Lunatic asylums Central Provinces reports 1886-1894 - 1886-1894
Year: 1886
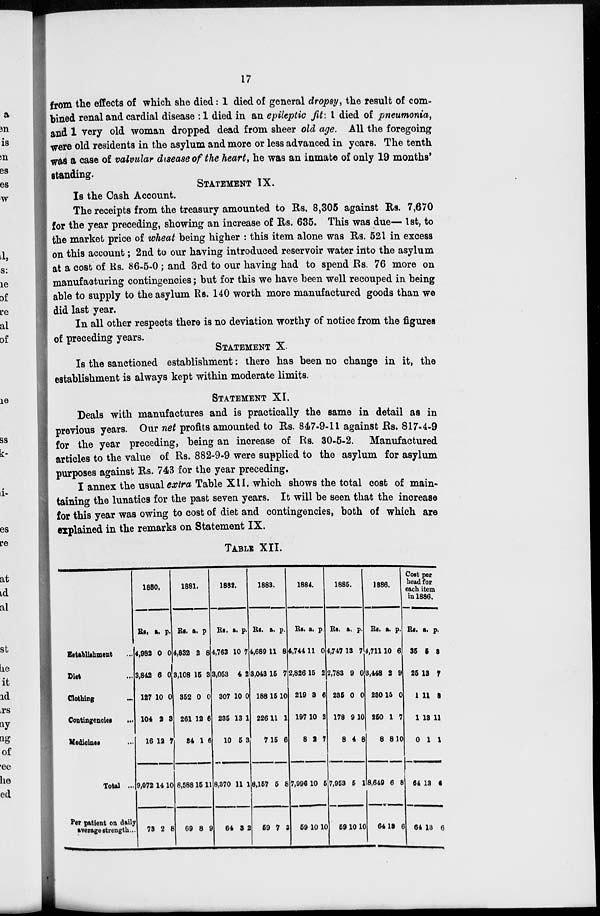
17
from the effects of which she died: 1 died of general dropsy, the result of com-
bined renal and cardial disease :1 died in an epileptic fit: 1 died of pneumonia,
and 1 very old woman dropped dead from sheer old age. All the foregoing
were old residents in the asylum and more or less advanced in years. The tenth
was a case of valvular disease of the heart, he was an inmate of only 19 months'
standing.
STATEMENT IX.
Is the Cash Account.
The receipts from the treasury amounted to Rs. 8,305 against Rs. 7,670
for the year preceding, showing an increase of Rs. 635. This was due— 1st, to
the market price of wheat being higher : this item alone was Rs. 521 in excess
on this account; 2nd to our having introduced reservoir water into the asylum
at a cost of Rs. 86-5-0 ; and 3rd to our having had to spend Rs. 76 more on
manufacturing contingencies; but for this we have been well recouped in being
able to supply to the asylum Rs. 140 worth more manufactured goods than we
did last year.
In all other respects there is no deviation worthy of notice from the figures
of preceding years.
STATEMENT X.
Is the sanctioned establishment: there has been no change in it, the
establishment is always kept within moderate limits.
STATEMENT XI.
Deals with manufactures and is practically the same in detail as in
previous years. Our net profits amounted to Rs. 847-9-11 against Rs. 817-4-9
for the year preceding, being an increase of Rs. 30-5-2. Manufactured
articles to the value of Rs. 882-9-9 were supplied to the asylum for asylum
purposes against Rs. 743 for the year preceding.
I annex the usual extra Table XII. which shows the total cost of main-
taining the lunatics for the past seven years. It will be seen that the increase
for this year was owing to cost of diet and contingencies, both of which are
explained in the remarks on Statement IX.
TABLE XII.
Establishment ...
Diet ...
Clothing
...
Contingencies
...
Medicines ...
Total ...
Per patient on daily
average strength ...
1880.
Rs.
4,982
3,842
127
104
16
9,072
73
a.
0
6
10
2
12
14
2
p.
0
0
0
3
7
10
8
1881.
Rs.
4,832
3,108
352
261
34
8,588
69
a.
2
15
0
12
1
15
8
p.
8
8
0
6
6
11
9
1882.
Rs.
4,763
3,053
307
235
10
8,370
64
a.
10
4
10
13
5
11
3
p.
7
2
0
1
3
1
2
1883.
Rs.
4,689
3,043
188
226
7
8,157
59
a.
11
15
15
11
15
5
7
p.
8
7
10
1
6
8
2
1884.
Rs.
4,744
2,826
219
197
8
7,996
59
a.
11
15
3
10
2
10
10
p.
0
2
6
2
7
5
10
1885.
Rs.
4,747
2,783
235
178
8
7,953
59
a.
13
9
0
9
4
5
10
p.
7
0
0
10
8
1
10
1886.
Rs.
4,711
3,448
230
250
8
8,649
64
a.
10
2
15
1
8
6
13
p.
6
9
0
7
10
8
6
Cost per
head for
each item
in 1886.
Rs.
35
25
1
1
0
64
64
a.
5
13
11
13
1
13
13
p.
3
7
8
11
1
6
6